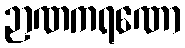
ဉာဏကရဏော